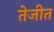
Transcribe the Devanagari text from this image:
तेजीत